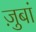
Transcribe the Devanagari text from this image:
ज़ुबां